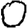
Digit: 0